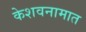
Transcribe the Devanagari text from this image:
केशवनामात